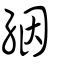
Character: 絪